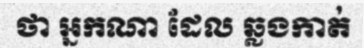
ថា អ្នកណា ដែល ឆ្លងកាត់